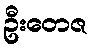
ဦးတေဇ